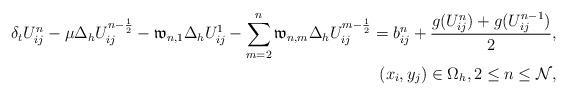
\begin{align*} \delta_{t}U^{n}_{ij}-\mu\Delta_{h} U^{n-\frac{1}{2}}_{ij}- \mathfrak{w}_{n,1}\Delta_{h} U^{1}_{ij}-\sum_{m=2}^{n}\mathfrak{w}_{n,m}\Delta_{h} U^{m-\frac{1}{2}}_{ij} =b^{n}_{ij}+\frac{g(U^n_{ij})+g(U^{n-1}_{ij})}{2},\\ \qquad(x_i,y_j)\in\Omega_{h},2\leq n\leq \mathcal{N}, \end{align*}